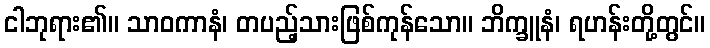
ငါဘုရား၏။ သာဝကာနံ၊ တပည့်သားဖြစ်ကုန်သော။ ဘိက္ခူနံ၊ ရဟန်းတို့တွင်။